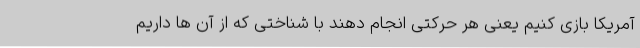
آمریکا بازی کنیم یعنی هر حرکتی انجام دهند با شناختی که از آن ها داریم